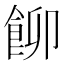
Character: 飹